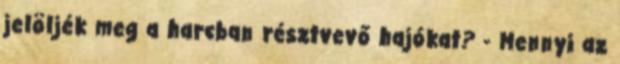
jelöljék meg a harcban résztvevő hajókat? - Mennyi az